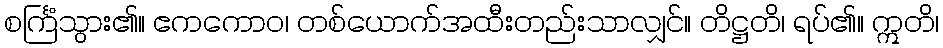
စင်္ကြံသွား၏။ ဧကကောဝ၊ တစ်ယောက်အထီးတည်းသာလျှင်။ တိဋ္ဌတိ၊ ရပ်၏။ ဣတိ၊